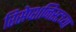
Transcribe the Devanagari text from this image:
रिसेप्शनिस्टच्या